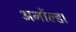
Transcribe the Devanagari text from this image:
अर्नोल्ड।